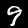
Label: 9